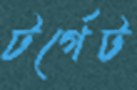
টর্গেট